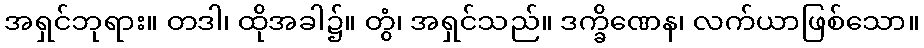
အရှင်ဘုရား။ တဒါ၊ ထိုအခါ၌။ တွံ၊ အရှင်သည်။ ဒက္ခိဏေန၊ လက်ယာဖြစ်သော။